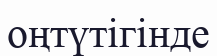
оңтүтігінде